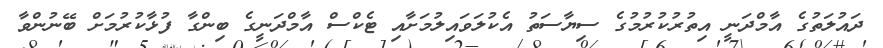
ދައުލަތުގެ އާމްދަނީ އިތުރުކުރުމުގެ ސިޔާސަތު އެކުލަވައިލުމަށާއި ޓެކްސް އާމްދަނީގެ ބިންގާ ފުޅާކުރުމަށް ބޭނުންވާ